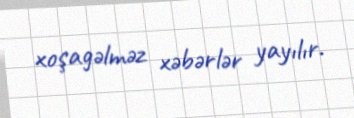
xoşagəlməz xəbərlər yayılır.